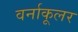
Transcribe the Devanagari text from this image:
वर्नाकूलर